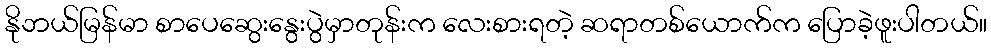
နိုဘယ်မြန်မာ စာပေဆွေးနွေးပွဲမှာတုန်းက လေးစားရတဲ့ ဆရာတစ်ယောက်က ပြောခဲ့ဖူးပါတယ်။